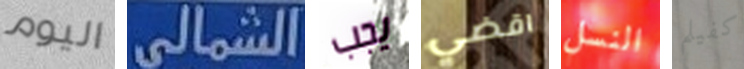
اليوم الشمالى يجب اقضي النسل كفيلم